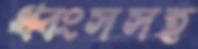
ধ্বংসসহ